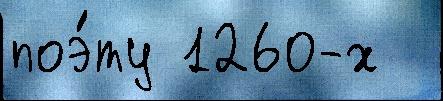
поэ́ту 1260-х